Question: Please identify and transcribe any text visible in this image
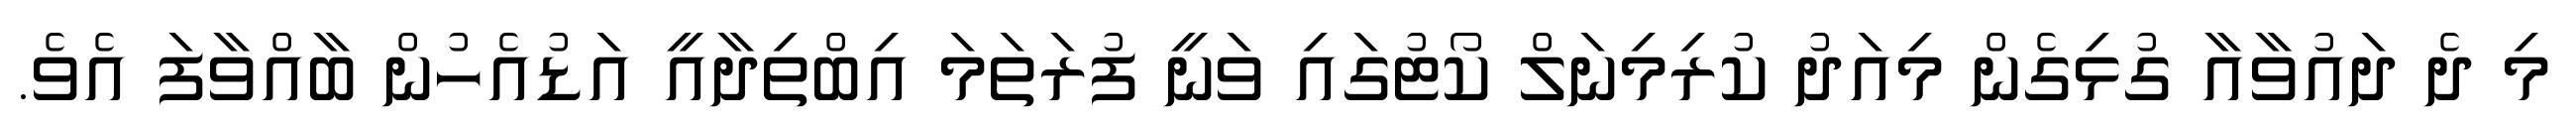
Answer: މި ދެ ދައުވާއާ ގުޅިގެން މިއަދު ކުރިމިނަލް ކޯޓުގައި ވަނީ ފުރަތަމަ އިބްތިދާއީ އަޑުއެހުން ބާއްވާފަ އެވެ.